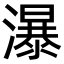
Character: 瀑